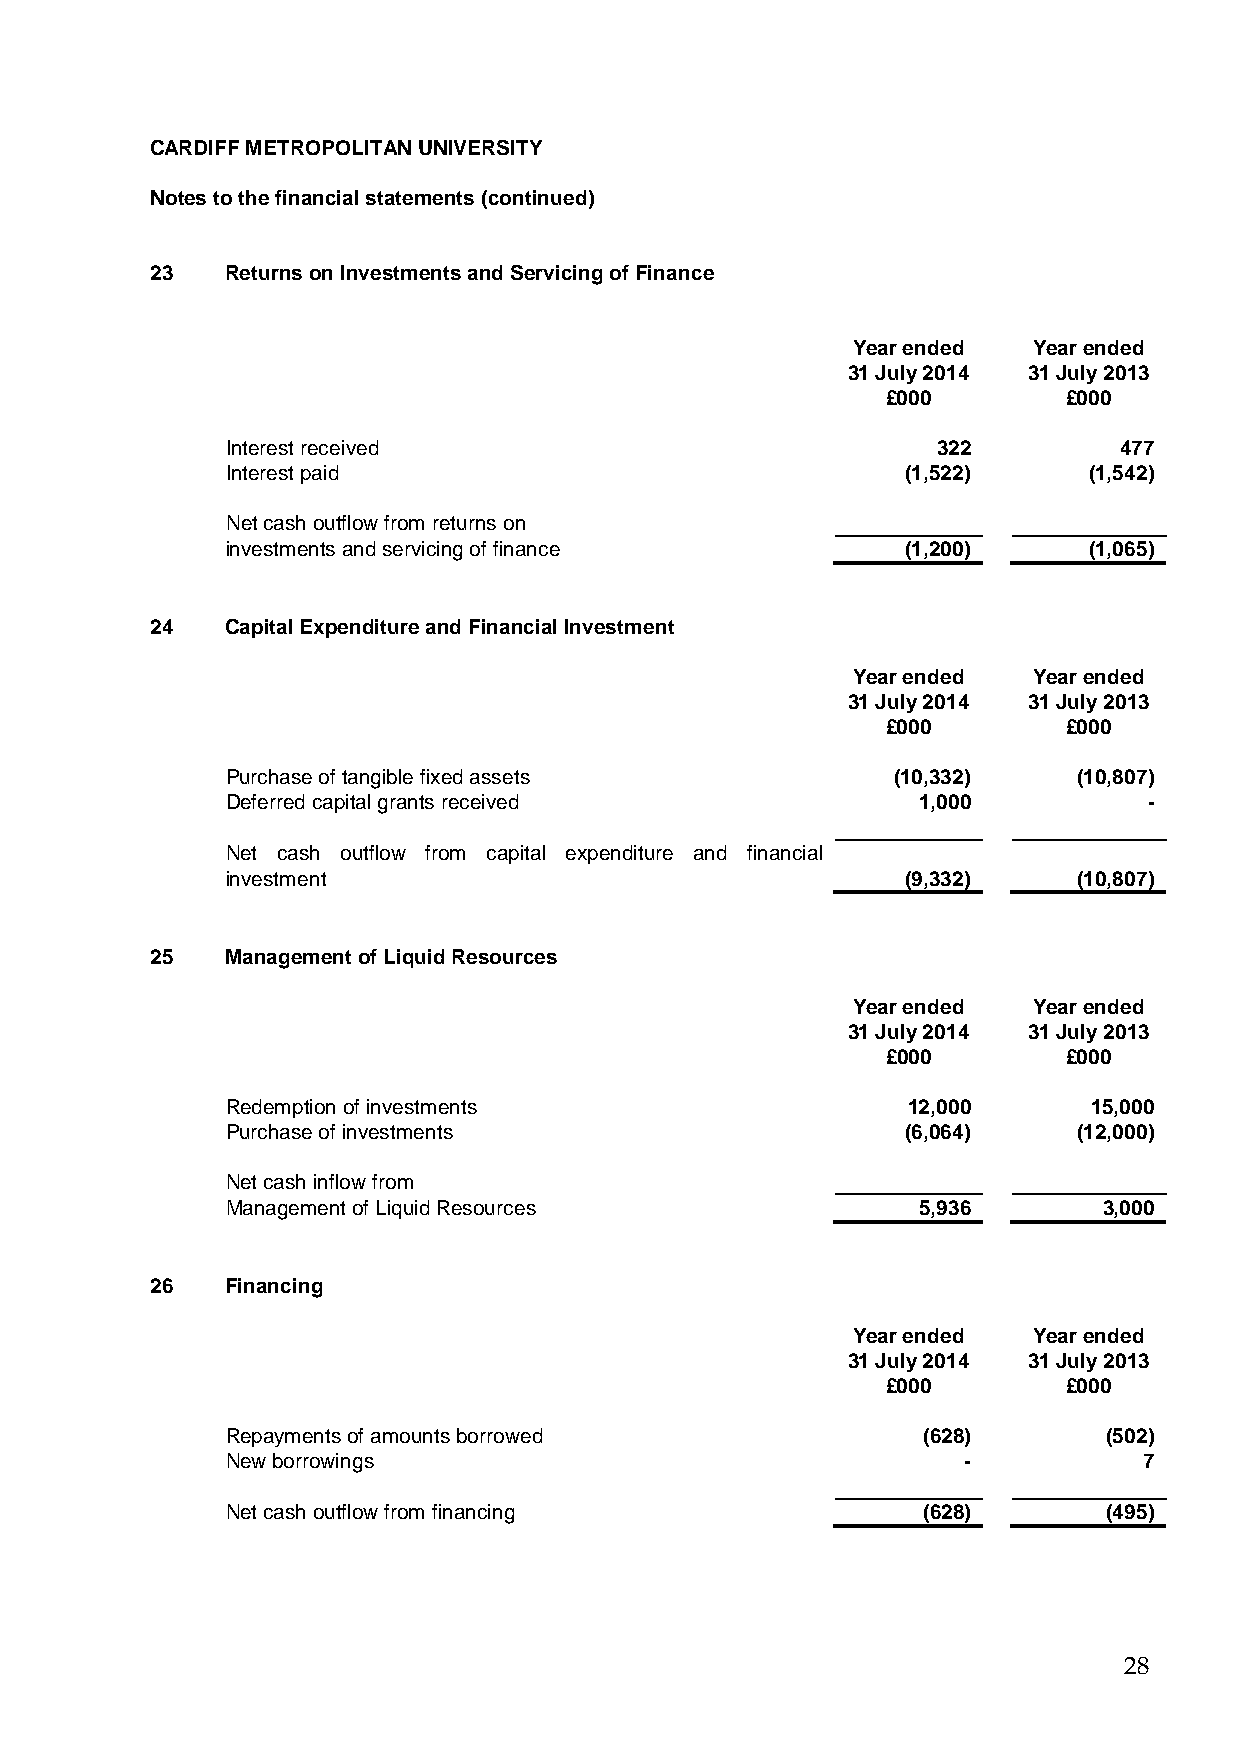
CARDIFF METROPOLITAN UNIVERSITY
 Notes to the financial statements (continued)
 23   Returns on Investments and Servicing of Finance
 Year ended  Year ended
 31 July 2014 31 July 2013
 £000        £000
 Interest received                              322         477
 Interest paid                                (1,522)     (1,542)
 Net cash outflow from returns on
 investments and servicing of finance         (1,200)     (1,065)
 24   Capital Expenditure and Financial Investment
 Year ended  Year ended
 31 July 2014 31 July 2013
 £000        £000
 Purchase of tangible fixed assets           (10,332)    (10,807)
 Deferred capital grants received              1,000          -
 Net cash outflow from capital expenditure and financial
 investment                                   (9,332)    (10,807)
 25   Management of Liquid Resources
 Year ended  Year ended
 31 July 2014 31 July 2013
 £000        £000
 Redemption of investments                    12,000      15,000
 Purchase of investments                      (6,064)    (12,000)
 Net cash inflow from
 Management of Liquid Resources                5,936       3,000
 26   Financing
 Year ended  Year ended
 31 July 2014 31 July 2013
 £000        £000
 Repayments of amounts borrowed                (628)       (502)
 New borrowings                                   -           7
 Net cash outflow from financing               (628)       (495)
 28